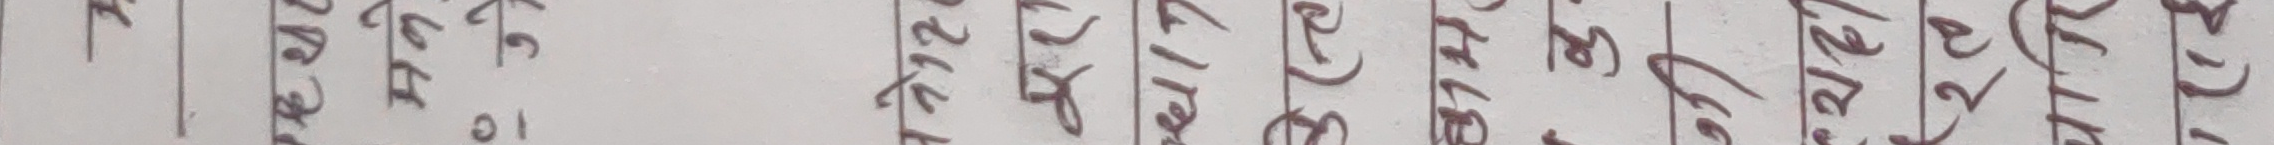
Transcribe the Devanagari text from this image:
रुपेमा ०१
इईप्र ०२
उकेमा ०३
झफेलि ०४
फतुरा ०५
इप्रनु ०६
दनेश ०७
पबन ०८
लक्ष्मण ०९
विनोद १०
प्रसाद ११
विमल १२